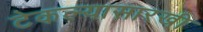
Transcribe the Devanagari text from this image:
टेकल्यासारखी